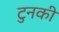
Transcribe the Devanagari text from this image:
टुनकी